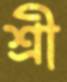
শ্রী